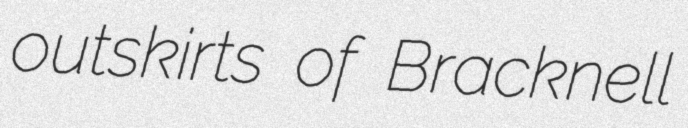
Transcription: outskirts of Bracknell